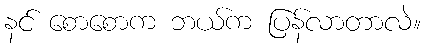
နင် စောစောက ဘယ်က ပြန်လာတာလဲ။